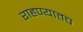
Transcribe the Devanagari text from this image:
राहण्यातच